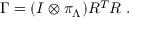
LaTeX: \Gamma = ( I \otimes \pi _ { \Lambda } ) R ^ { T } R \; .